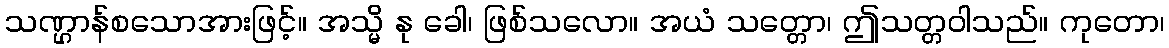
သဏ္ဌာန်စသောအားဖြင့်။ အသ္မိ နု ခေါ၊ ဖြစ်သလော။ အယံ သတ္တော၊ ဤသတ္တဝါသည်။ ကုတော၊